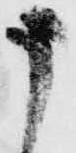
う